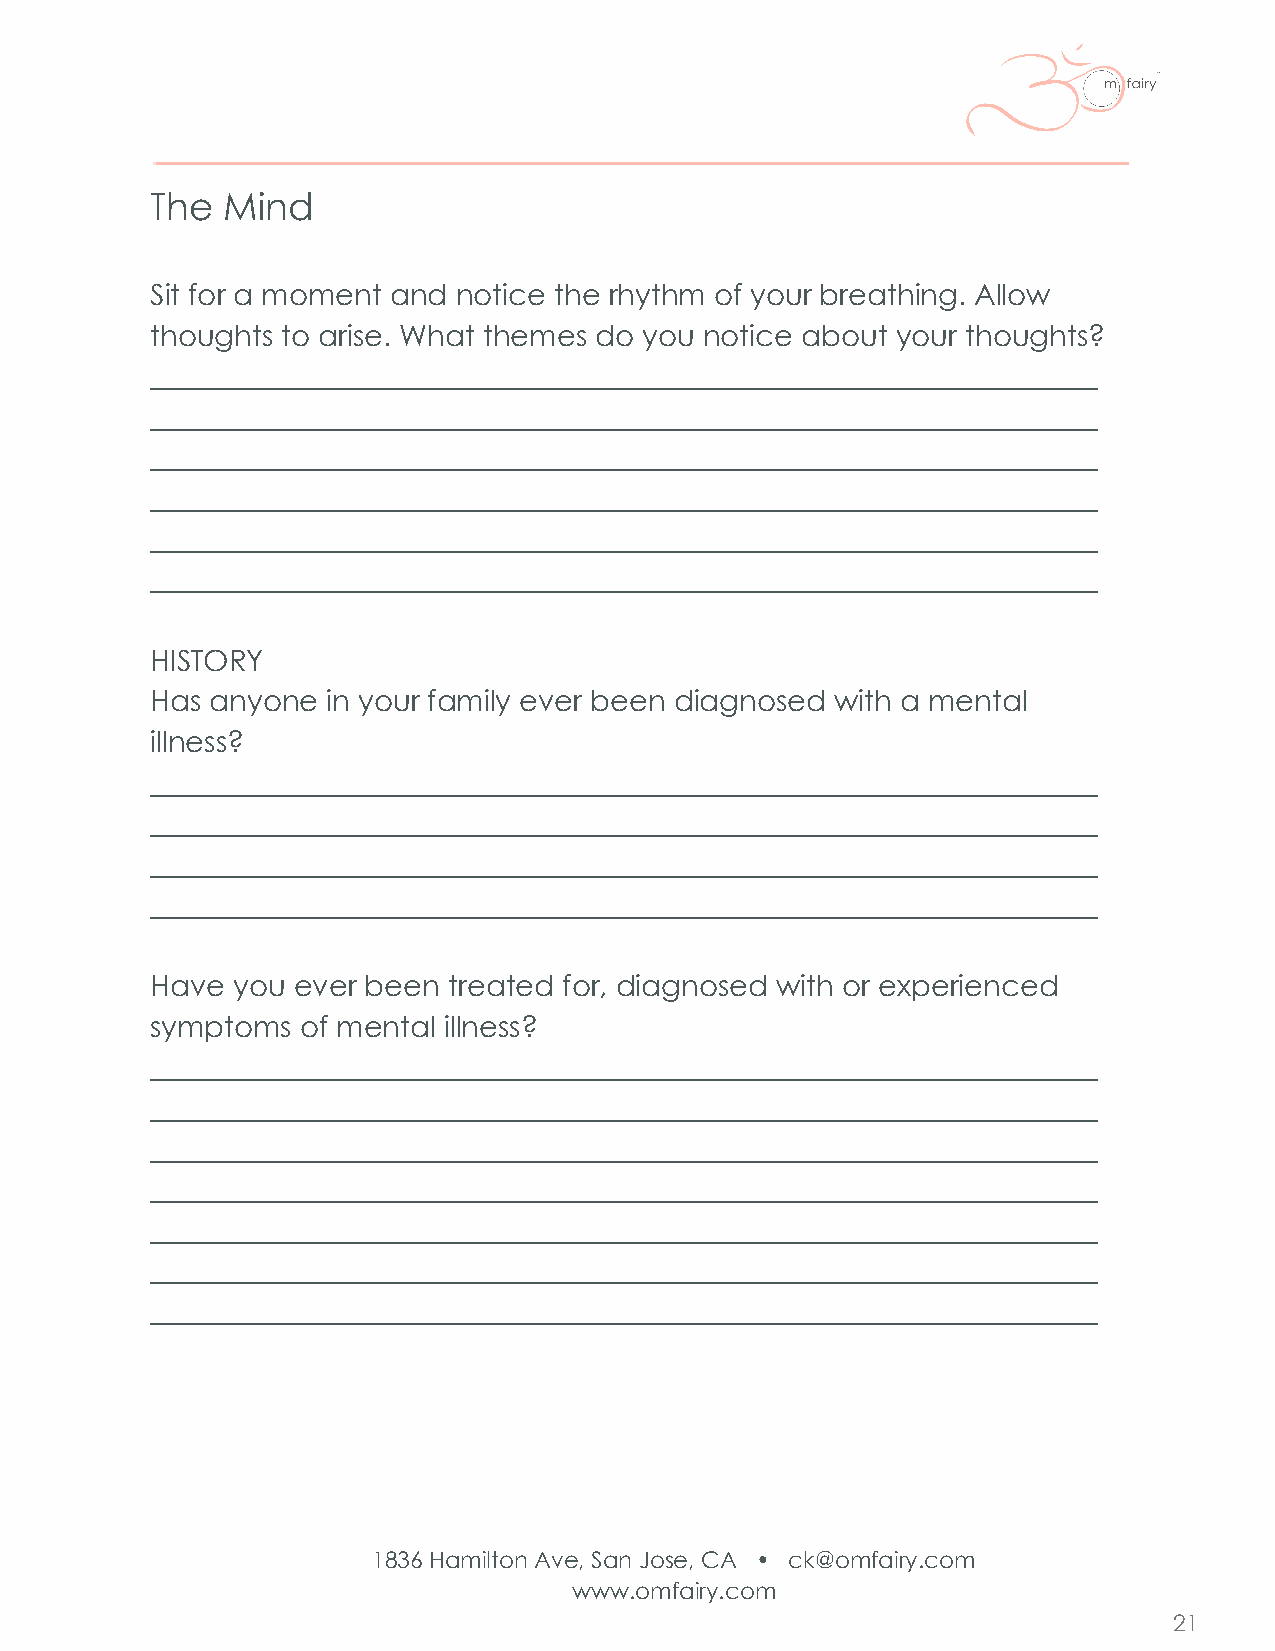
The  Mind
 Sit for a moment and notice the rhythm of your breathing. Allow
 thoughts to arise. What themes do you notice about your thoughts?
 _________________________________________________________________
 _________________________________________________________________
 _________________________________________________________________
 _________________________________________________________________
 _________________________________________________________________
 _________________________________________________________________
 HISTORY
 Has anyone  in your family ever been diagnosed with a mental
 illness?
 _________________________________________________________________
 _________________________________________________________________
 _________________________________________________________________
 _________________________________________________________________
 Have you ever been  treated for, diagnosed with or experienced
 symptoms  of mental illness?
 _________________________________________________________________
 _________________________________________________________________
 _________________________________________________________________
 _________________________________________________________________
 _________________________________________________________________
 _________________________________________________________________
 _________________________________________________________________
 1836 Hamilton Ave, San Jose, CA • ck@omfairy.com
 www.omfairy.com
 21